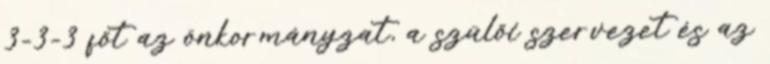
3-3-3 főt az önkormányzat, a szülői szervezet és az